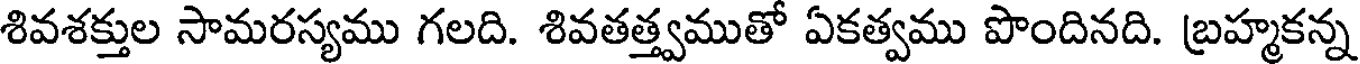
శివశక్తుల సామరస్యము గలది. శివతత్త్వముతో ఏకత్వము పొందినది. బ్రహ్మకన్న